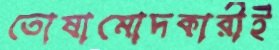
তোষামোদকারীই